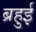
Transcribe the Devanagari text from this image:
ब्रहुई